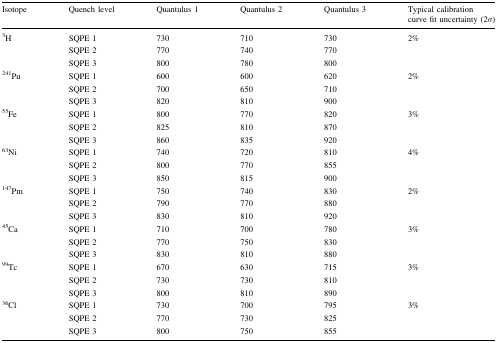
<table><thead><tr><td><b>Isotope</b></td><td><b>Quench level</b></td><td><b>Quantulus 1</b></td><td><b>Quantulus 2</b></td><td><b>Quantulus 3</b></td><td><b>Typical calibration curve fit uncertainty (2<i>σ</i>)</b></td></tr></thead><tbody><tr><td rowspan="3"><sup>3</sup>H</td><td>SQPE 1</td><td>730</td><td>710</td><td>730</td><td rowspan="3">2%</td></tr><tr><td>SQPE 2</td><td>770</td><td>740</td><td>770</td></tr><tr><td>SQPE 3</td><td>800</td><td>780</td><td>800</td></tr><tr><td rowspan="3"><sup>241</sup>Pu</td><td>SQPE 1</td><td>600</td><td>600</td><td>620</td><td rowspan="3">2%</td></tr><tr><td>SQPE 2</td><td>700</td><td>650</td><td>710</td></tr><tr><td>SQPE 3</td><td>820</td><td>810</td><td>900</td></tr><tr><td rowspan="3"><sup>55</sup>Fe</td><td>SQPE 1</td><td>800</td><td>770</td><td>820</td><td rowspan="3">3%</td></tr><tr><td>SQPE 2</td><td>825</td><td>810</td><td>870</td></tr><tr><td>SQPE 3</td><td>860</td><td>835</td><td>920</td></tr><tr><td rowspan="3"><sup>63</sup>Ni</td><td>SQPE 1</td><td>740</td><td>720</td><td>810</td><td rowspan="3">4%</td></tr><tr><td>SQPE 2</td><td>800</td><td>770</td><td>855</td></tr><tr><td>SQPE 3</td><td>850</td><td>815</td><td>900</td></tr><tr><td rowspan="3"><sup>147</sup>Pm</td><td>SQPE 1</td><td>750</td><td>740</td><td>830</td><td rowspan="3">2%</td></tr><tr><td>SQPE 2</td><td>790</td><td>770</td><td>880</td></tr><tr><td>SQPE 3</td><td>830</td><td>810</td><td>920</td></tr><tr><td rowspan="3"><sup>45</sup>Ca</td><td>SQPE 1</td><td>710</td><td>700</td><td>780</td><td rowspan="3">3%</td></tr><tr><td>SQPE 2</td><td>770</td><td>750</td><td>830</td></tr><tr><td>SQPE 3</td><td>830</td><td>810</td><td>880</td></tr><tr><td rowspan="3"><sup>99</sup>Tc</td><td>SQPE 1</td><td>670</td><td>630</td><td>715</td><td rowspan="3">3%</td></tr><tr><td>SQPE 2</td><td>730</td><td>730</td><td>810</td></tr><tr><td>SQPE 3</td><td>800</td><td>810</td><td>890</td></tr><tr><td rowspan="3"><sup>36</sup>Cl</td><td>SQPE 1</td><td>730</td><td>700</td><td>795</td><td rowspan="3">3%</td></tr><tr><td>SQPE 2</td><td>770</td><td>730</td><td>825</td></tr><tr><td>SQPE 3</td><td>800</td><td>750</td><td>855</td></tr></tbody></table>